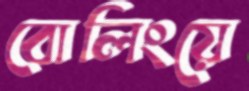
বোলিংয়ে